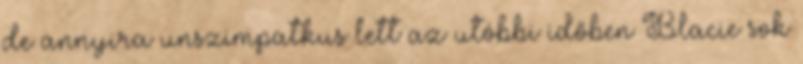
de annyira unszimpatkus lett az utóbbi időben Blacie sok